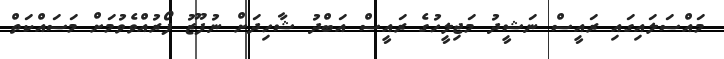
މައްސަލައިގައި ރައީސް ނަޝީދު މަޖިލީހުގެ ރައީސް އަބްދު ޝާހިދަށް ނުފޫޒު ފޯރުއްވެވުމަށް މަސައްކަތް